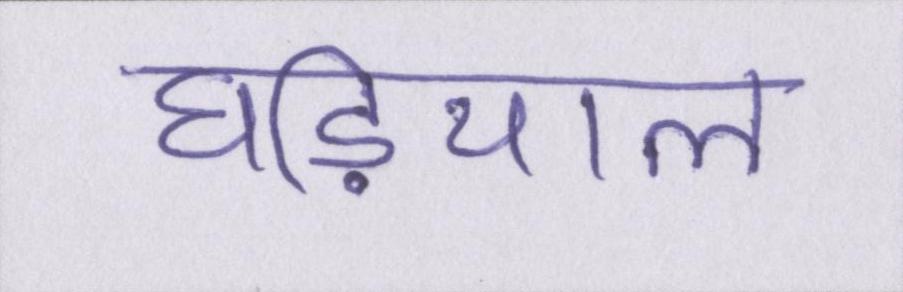
घडि़याल